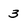
Character: 3